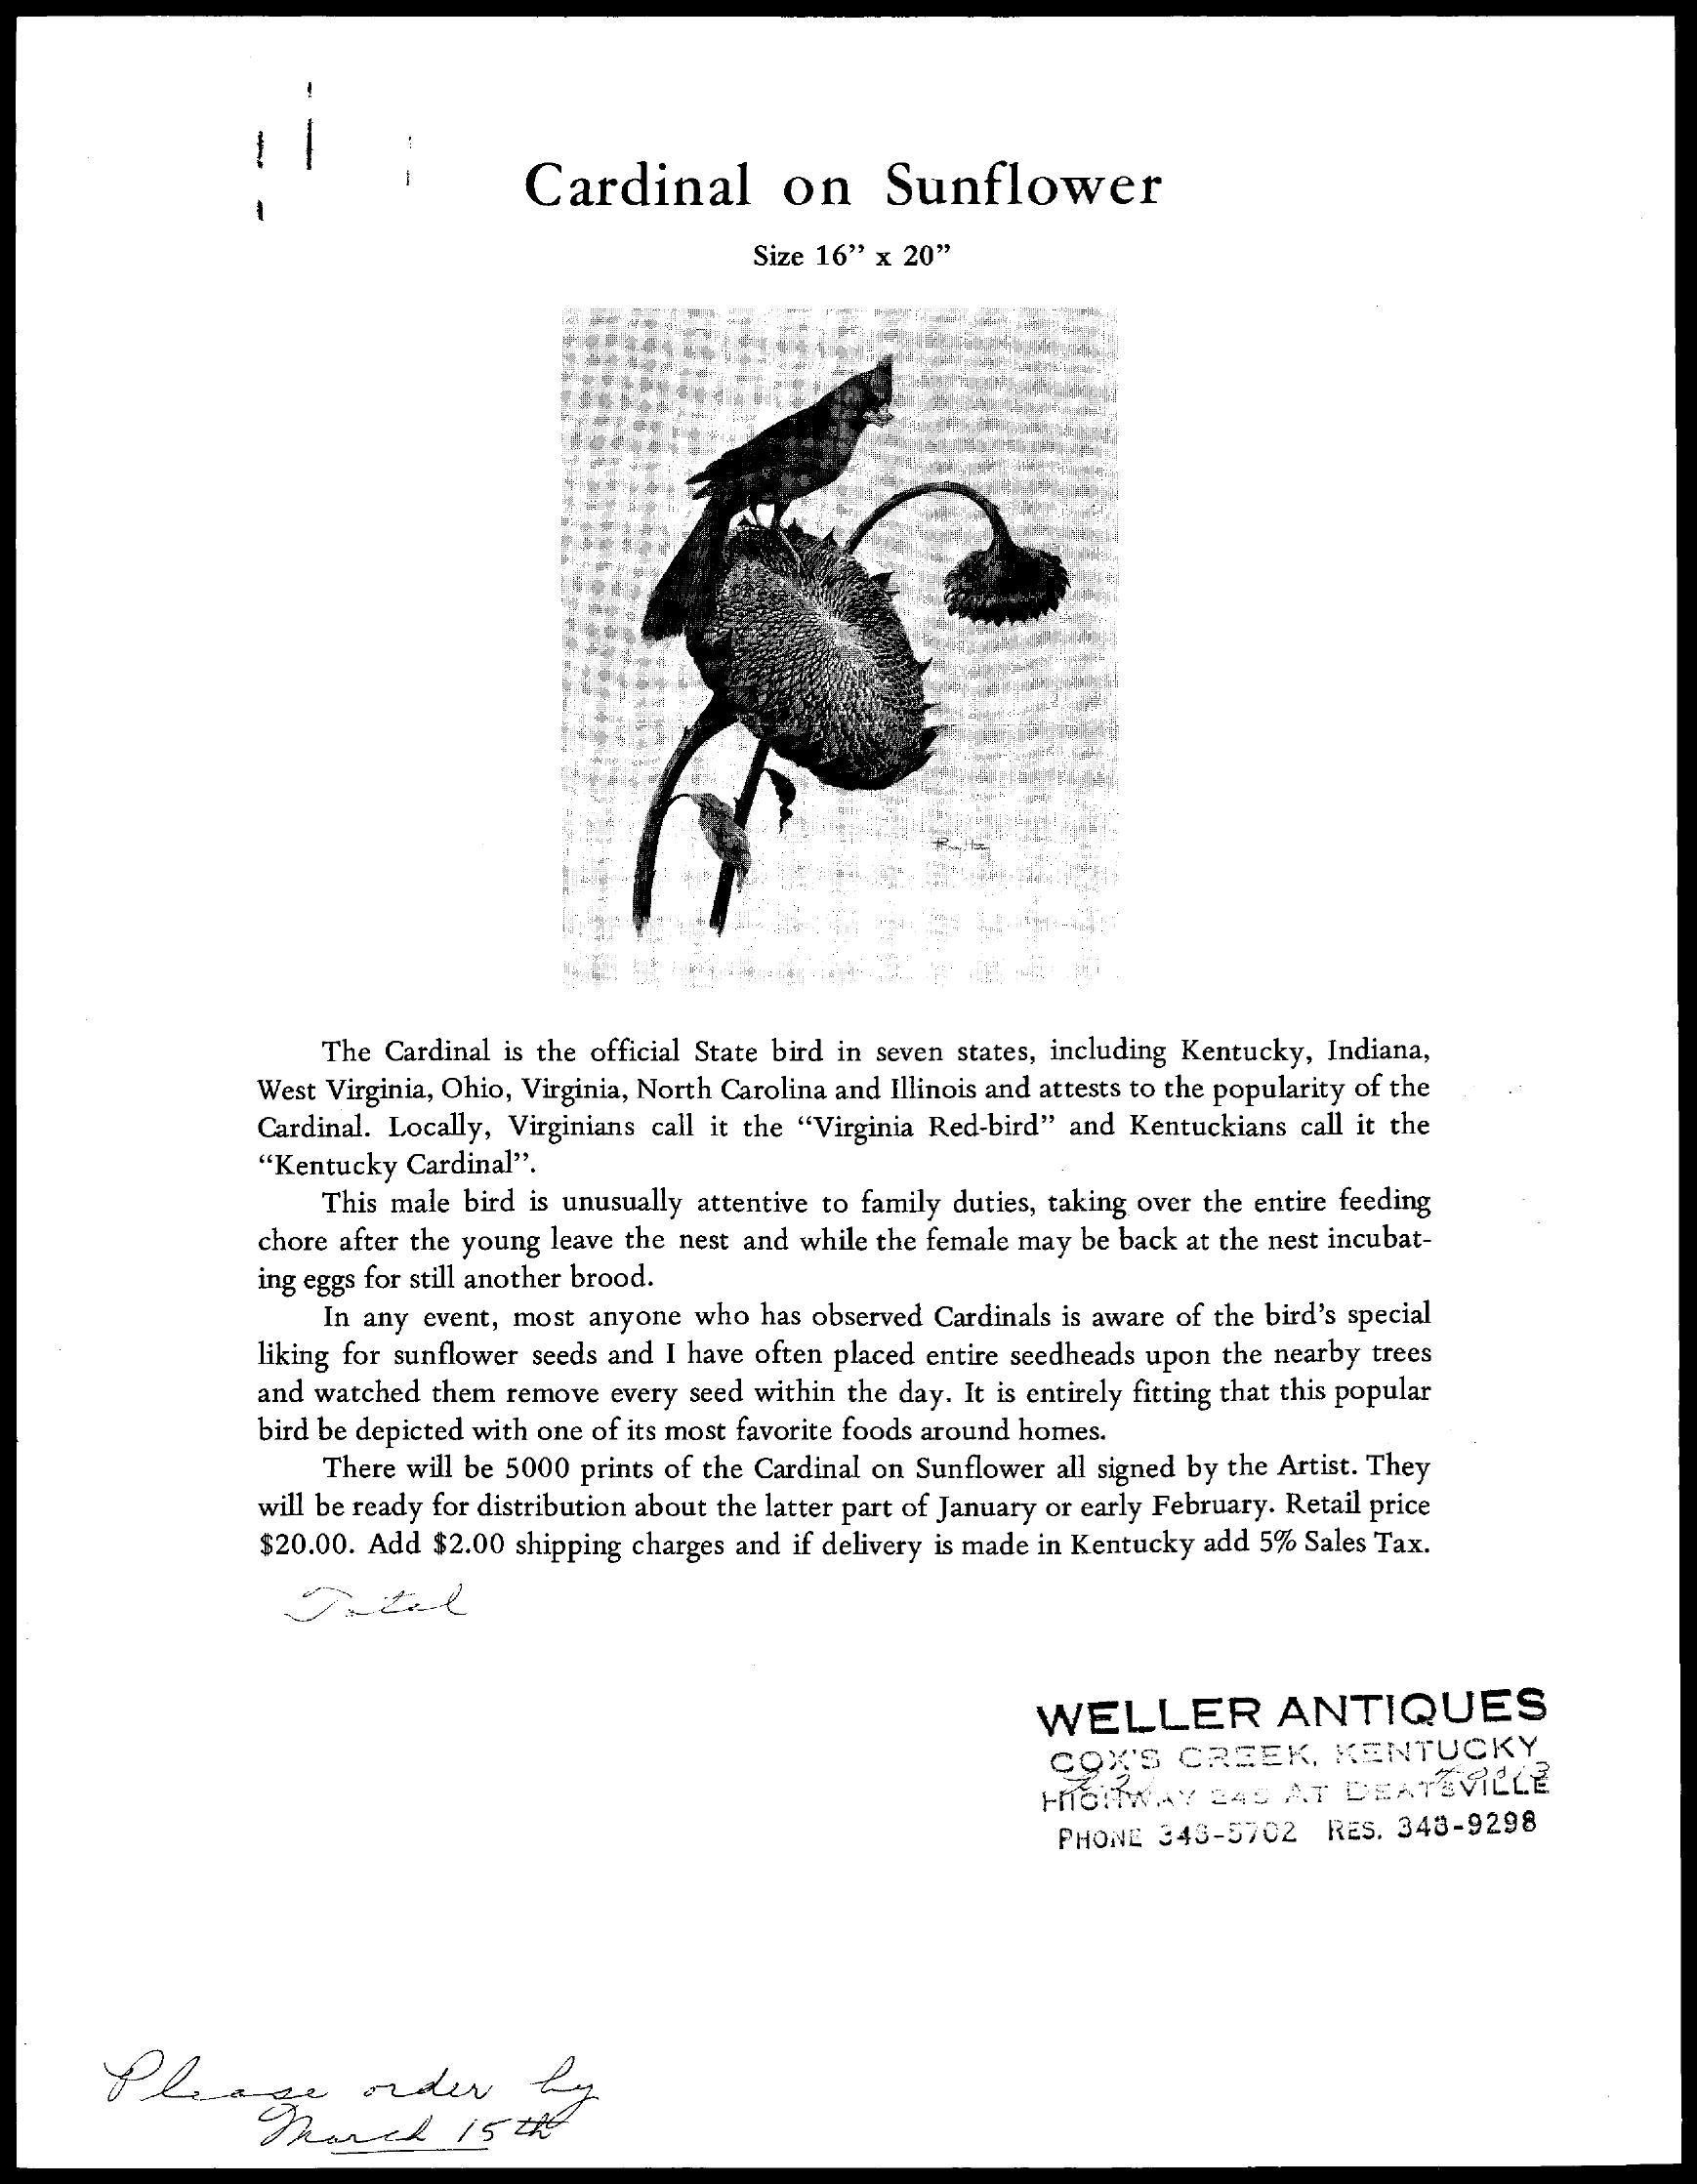
Cardinal    on    Sunflower
     Size 16" x 20"
     The Cardinal is the official State bird in seven states, including Kentucky, Indiana,
     West Virginia, Ohio, Virginia, North Carolina and Illinois and attests to the popularity of the
     Cardinal. Locally, Virginians call it the "Virginia Red-bird" and Kentuckians call it the
     "Kentucky Cardinal".
     This male bird is unusually attentive to family duties, taking over the entire feeding
     chore after the young leave the nest and while the female may be back at the nest incubat-
     ing eggs for still another brood.
     In any event, most anyone who has observed Cardinals is aware of the bird's special
     liking for sunflower seeds and I have often placed entire seedheads upon the nearby trees
     and watched them remove every seed within the day. It is entirely fitting that this popular
     bird be depicted with one of its most favorite foods around homes.
     There will be 5000 prints of the Cardinal on Sunflower all signed by the Artist. They
     will be ready for distribution about the latter part of January or early February. Retail price
     $20.00. Add $2.00 shipping charges and if delivery is made in Kentucky add 5% Sales Tax.
     WELLER    ANTIQUES
     COX'S    CREEK,    KENTUCKY
     HNORWAY    RAD  AT  DEATEVILLE
     PHONE  343-5702   RES. 348-9298
     Please    order    by